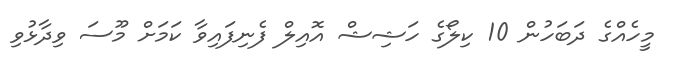
މީހެއްގެ ދަބަހުން 10 ކިލޯގެ ހަޝިޝް އޮއިލް ފެނިފައިވާ ކަމަށް މޫސަ ވިދާޅުވި